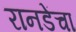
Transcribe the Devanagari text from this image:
रानडेंचा